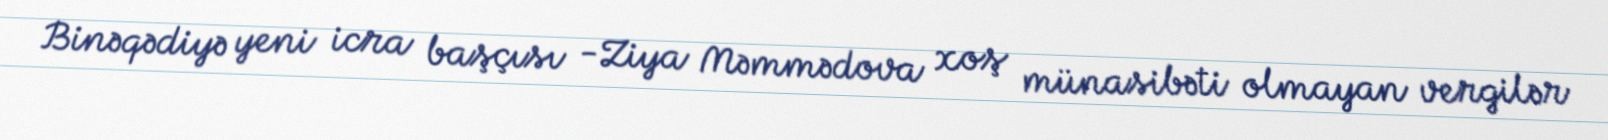
Binəqədiyə yeni icra başçısı -Ziya Məmmədova xoş münasibəti olmayan vergilər